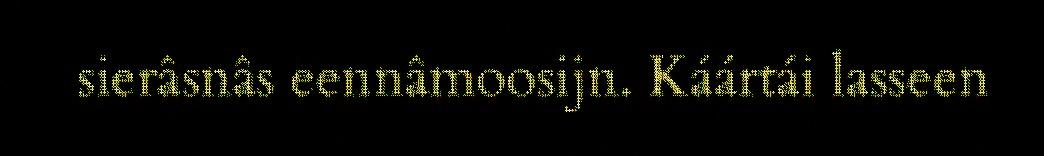
sierâsnâs eennâmoosijn. Káártái lasseen